Annual administration report of the Civil Veterinary Department, Sind - 1940-1941
Year: 1940
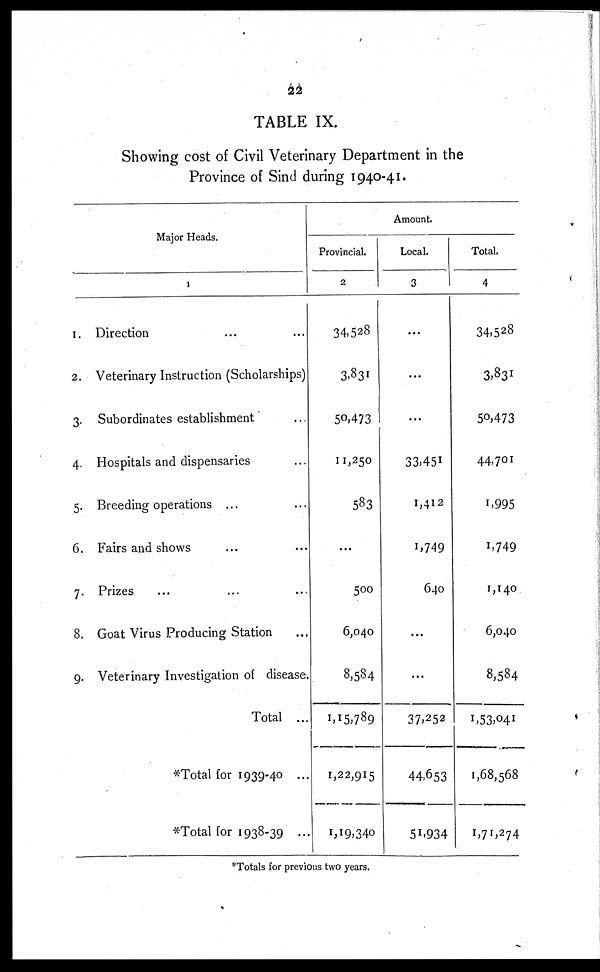
22
TABLE IX.
Showing cost of Civil Veterinary Department in the
Province of Sind during 1940-41.
Major Heads.
1
1.
2.
3.
4.
5.
6.
7.
8.
9.
Direction ... ...
Veterinary Instruction (Scholarships)
Subordinates establishment ...
Hospitals and dispensaries ...
Breeding operations ... ...
Fairs and shows ... ...
Prizes ... ... ...
Goat Virus Producing Station ...
Veterinary Investigation of disease.
Total ...
*Total for 1939-40 ...
*Total for 1938-39 ...
Amount.
Provincial.
2
34,528
3,831
50,473
11,250
583
...
500
6,040
8,584
1,15,789
1,22,915
1,19,340
Local.
3
...
...
...
33,451
1,412
1,749
640
...
...
37,252
44,653
51,934
Total.
4
34,528
3,831
50,473
44,701
1,995
1,749
1,140
6,040
8,584
1,53,041
1,68,568
1,71,274
*Totals for previous two years.